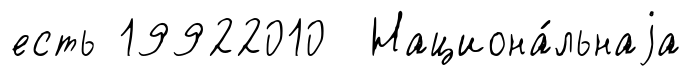
есть 19922010 Национа́льнаjа